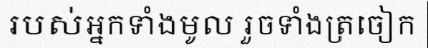
របស់អ្នកទាំងមូល រួចទាំងត្រចៀក